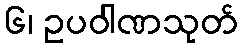
၆၊ ဥပဝါဏသုတ်